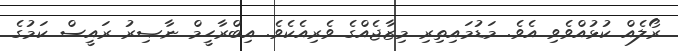
ރޯލެއް ކުޅުއްވެވި އެވެ. މަޑުމައިތިރި މިޒާޖެއްގެ ވެރިއެކެވެ. އިބްރާހީމް ނާޞިރު ރައީސް ކަމުގެ